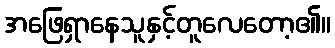
အဖြေရှာနေသူနှင့်တူလေတော့၏။